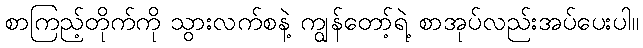
စာကြည့်တိုက်ကို သွားလက်စနဲ့ ကျွန်တော့်ရဲ့ စာအုပ်လည်းအပ်ပေးပါ။